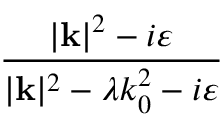
\frac { | \mathbf { k } | ^ { 2 } - i \varepsilon } { | \mathbf { k } | ^ { 2 } - \lambda k _ { 0 } ^ { 2 } - i \varepsilon }